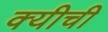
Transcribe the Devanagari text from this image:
क्यीची